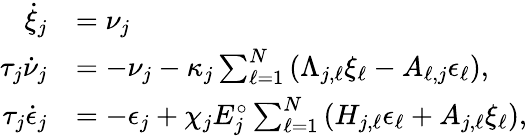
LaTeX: \begin{array}{rl}{\dot{\xi}_{j}}&{=\nu_{j}}\\ {\tau_{j}\dot{\nu}_{j}}&{=-\nu_{j}-\kappa_{j}\sum_{\ell=1}^{N}\left(\Lambda_{j,\ell}\xi_{\ell}-A_{\ell,j}\epsilon_{\ell}\right),}\\ {\tau_{j}\dot{\epsilon}_{j}}&{=-\epsilon_{j}+\chi_{j}E_{j}^{\circ}\sum_{\ell=1}^{N}\left(H_{j,\ell}\epsilon_{\ell}+A_{j,\ell}\xi_{\ell}\right),}\end{array}